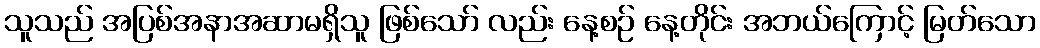
သူသည် အပြစ်အနာအဆာမရှိသူ ဖြစ်သော် လည်း နေ့စဉ် နေ့တိုင်း အဘယ်ကြောင့် မြတ်သော